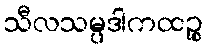
သီလသမ္ပဒါကထဉ္စ